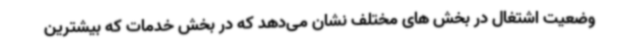
وضعیت اشتغال در بخش های مختلف نشان می‌دهد که در بخش خدمات که بیشترین